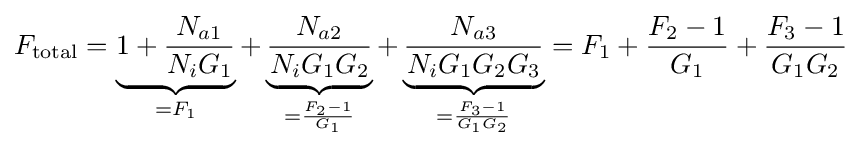
F_{\text{total}}=\underbrace {1+{\frac {N_{a1}}{N_{i}G_{1}}}} _{=F_{1}}+\underbrace {\frac {N_{a2}}{N_{i}G_{1}G_{2}}} _{={\frac {F_{2}-1}{G_{1}}}}+\underbrace {\frac {N_{a3}}{N_{i}G_{1}G_{2}G_{3}}} _{={\frac {F_{3}-1}{G_{1}G_{2}}}}=F_{1}+{\frac {F_{2}-1}{G_{1}}}+{\frac {F_{3}-1}{G_{1}G_{2}}}